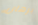
برهان